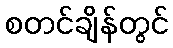
စတင်ချိန်တွင်